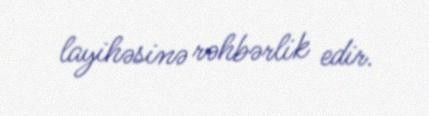
layihəsinə rəhbərlik edir.